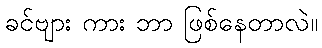
ခင်ဗျား ကား ဘာ ဖြစ်နေတာလဲ။